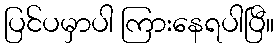
ပြင်ပမှာပါ ကြားနေရပါပြီ။